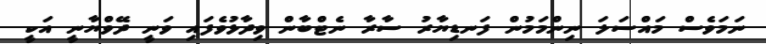
ނަމަވެސް މައްސަލަ ނިންމަމުން ފަނޑިޔާރު ސާރާ ނެޓްބާން ވިދާޅުވެފައި ވަނީ ދޭވްޔާނީ އަކީ